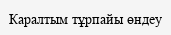
Каралтым тұрпайы өндеу